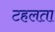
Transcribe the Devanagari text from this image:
टहलता